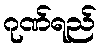
ဂုဏ်ရည်